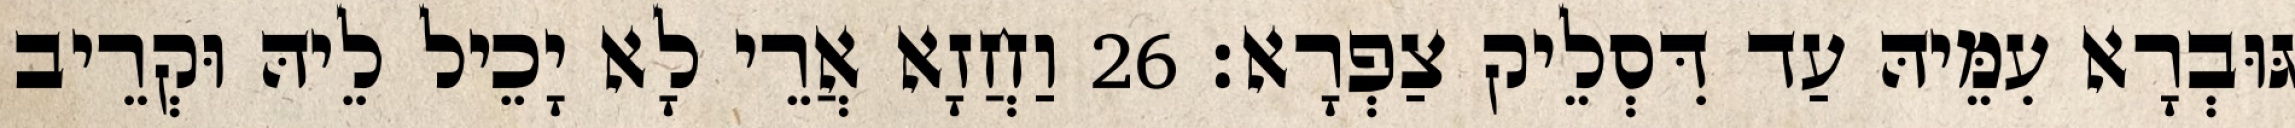
גּוּבְרָא עִמֵּיהּ עַד דִּסְלֵיק צַפְרָא׃ 26 וַחֲזָא אֲרֵי לָא יָכֵיל לֵיהּ וּקְרֵיב